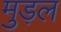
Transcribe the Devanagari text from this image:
मुड़ल